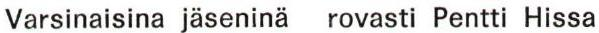
Varsinaisina jäseninä rovasti Pentti Hissa